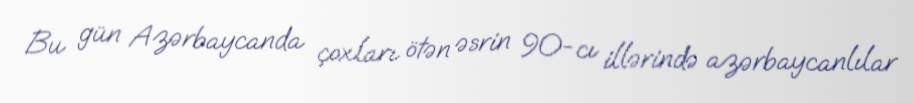
Bu gün Azərbaycanda çoxları ötən əsrin 90-cı illərində azərbaycanlılar